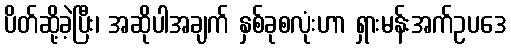
ပိတ်ဆို့ခဲ့ပြီး၊ အဆိုပါအချက် နှစ်ခုစလုံးဟာ ရှားမန်းအက်ဥပဒေ